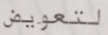
لتعويض